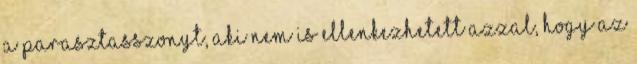
a parasztasszonyt, aki nem is ellenkezhetett azzal, hogy az